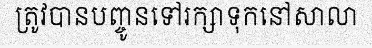
ត្រូវបានបញ្ចូនទៅរក្សាទុកនៅសាលា